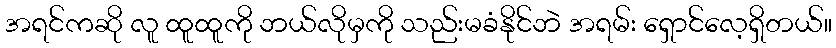
အရင်ကဆို လူ ထူထူကို ဘယ်လိုမှကို သည်းမခံနိုင်ဘဲ အရမ်း ရှောင်လေ့ရှိတယ်။